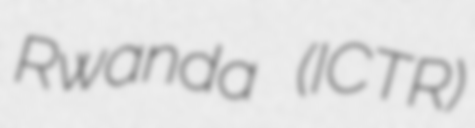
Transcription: Rwanda (ICTR)